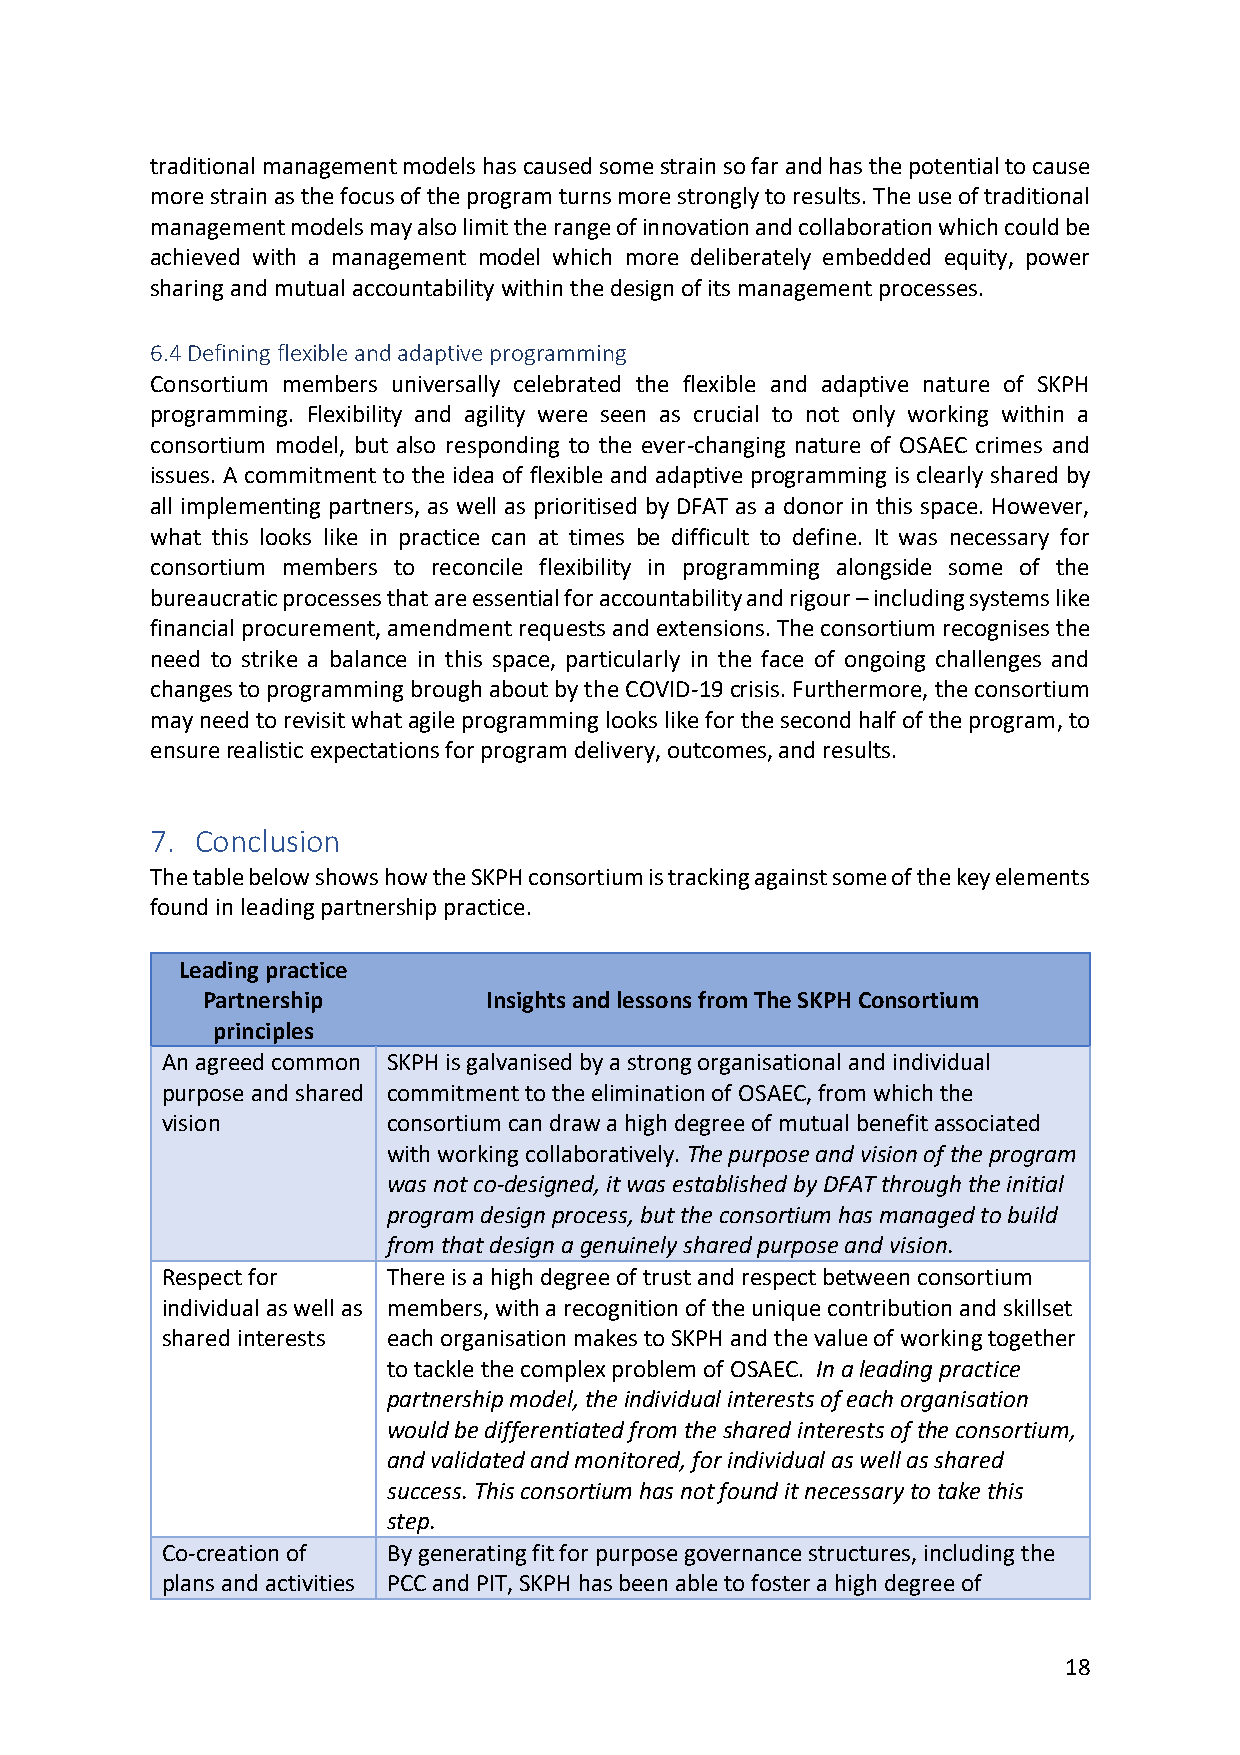
traditional management models has caused some strain so far and has the potential to cause
 more strain as the focus of the program turns more strongly to results. The use of traditional
 management models may also limit the range of innovation and collaboration which could be
 achieved with a management model which more deliberately embedded equity, power
 sharing and mutual accountability within the design of its management processes.
 6.4 Defining flexible and adaptive programming
 Consortium members universally celebrated the flexible and adaptive nature of SKPH
 programming. Flexibility and agility were seen as crucial to not only working within a
 consortium model, but also responding to the ever-changing nature of OSAEC crimes and
 issues. A commitment to the idea of flexible and adaptive programming is clearly shared by
 all implementing partners, as well as prioritised by DFAT as a donor in this space. However,
 what this looks like in practice can at times be difficult to define. It was necessary for
 consortium members to reconcile flexibility in programming alongside some of the
 bureaucratic processes that are essential for accountability and rigour – including systems like
 financial procurement, amendment requests and extensions. The consortium recognises the
 need to strike a balance in this space, particularly in the face of ongoing challenges and
 changes to programming brough about by the COVID-19 crisis. Furthermore, the consortium
 may need to revisit what agile programming looks like for the second half of the program, to
 ensure realistic expectations for program delivery, outcomes, and results.
 7. Conclusion
 The table below shows how the SKPH consortium is tracking against some of the key elements
 found in leading partnership practice.
 Leading practice
 Partnership        Insights and lessons from The SKPH Consortium
 principles
 An agreed common SKPH is galvanised by a strong organisational and individual
 purpose and shared commitment to the elimination of OSAEC, from which the
 vision         consortium can draw a high degree of mutual benefit associated
 with working collaboratively. The purpose and vision of the program
 was not co-designed, it was established by DFAT through the initial
 program design process, but the consortium has managed to build
 from that design a genuinely shared purpose and vision.
 Respect for    There is a high degree of trust and respect between consortium
 individual as well as members, with a recognition of the unique contribution and skillset
 shared interests each organisation makes to SKPH and the value of working together
 to tackle the complex problem of OSAEC. In a leading practice
 partnership model, the individual interests of each organisation
 would be differentiated from the shared interests of the consortium,
 and validated and monitored, for individual as well as shared
 success. This consortium has not found it necessary to take this
 step.
 Co-creation of By generating fit for purpose governance structures, including the
 plans and activities PCC and PIT, SKPH has been able to foster a high degree of
 18